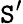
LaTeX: \mathtt{S}^{\prime}